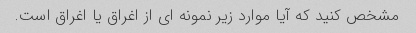
مشخص کنید که آیا موارد زیر نمونه ای از اغراق یا اغراق است.